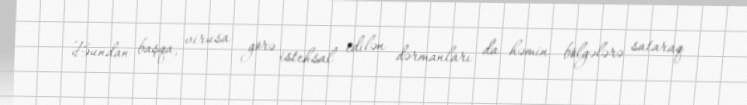
Bundan başqa, virusa görə istehsal edilən dərmanları da həmin bölgələrə sataraq